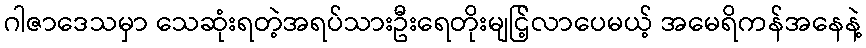
ဂါဇာဒေသမှာ သေဆုံးရတဲ့အရပ်သားဦးရေတိုးမျငြ့်လာပေမယ့် အမေရိကန်အနေနဲ့